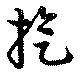
旋